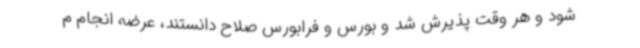
شود و هر وقت پذیرش شد و بورس و فرابورس صلاح دانستند، عرضه انجام م